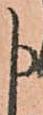
申